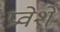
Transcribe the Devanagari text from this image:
प्रवेशे